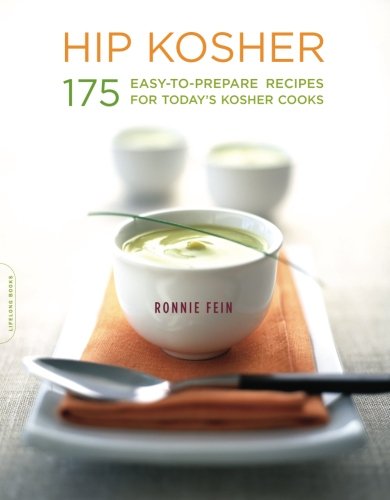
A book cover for Hip Kosher: 175 Easy-to-Prepare Recipes for Today's Kosher Cooks; Ronnie Fein; Cookbooks, Food & Wine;